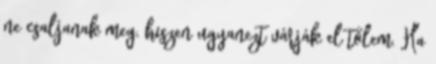
ne csaljanak meg, hiszen ugyanezt várják el tőlem. Ha